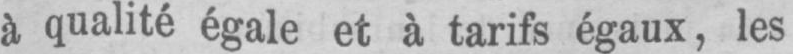
à qualité égale et à tarifs égaux, les